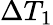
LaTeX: \Delta T_{1}